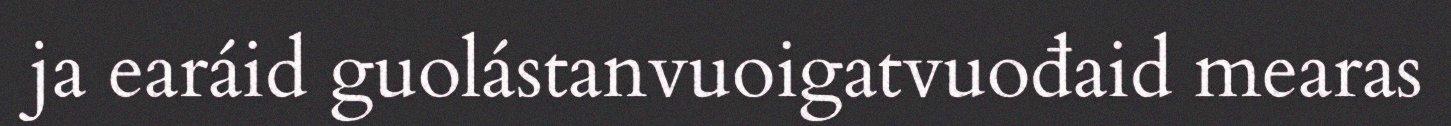
ja earáid guolástanvuoigatvuođaid mearas